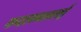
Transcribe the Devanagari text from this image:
कदलमललई